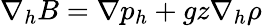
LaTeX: \nabla_{h}B=\nabla p_{h}+gz\nabla_{h}\rho